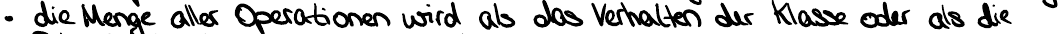
die Menge aller Operationen wird als das Verhalten der Klasse oder als die